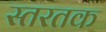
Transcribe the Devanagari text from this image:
स्तरतक